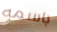
باسمه